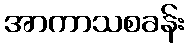
အာကာသစခန်း